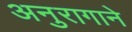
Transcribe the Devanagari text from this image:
अनुरागाने